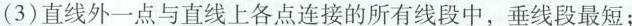
(3)直线外一点与直线上各点连接的所有线段中，垂线段最短；